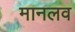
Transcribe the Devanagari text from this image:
मानलव